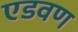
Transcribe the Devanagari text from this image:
एडवण